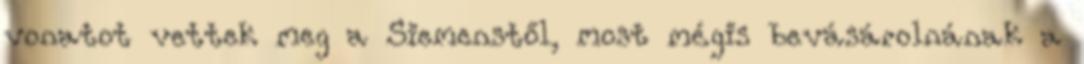
vonatot vettek meg a Siemenstől, most mégis bevásárolnának a